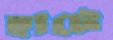
হাটে